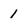
Character: 1